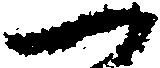
一